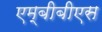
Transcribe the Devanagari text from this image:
एम्‌बीबीएस